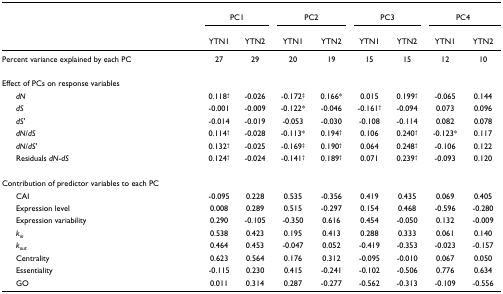
<table><thead><tr><td></td><td colspan="2"><b>PC1</b></td><td colspan="2"><b>PC2</b></td><td colspan="2"><b>PC3</b></td><td colspan="2"><b>PC4</b></td></tr><tr><td></td><td><b>YTN1</b></td><td><b>YTN2</b></td><td><b>YTN1</b></td><td><b>YTN2</b></td><td><b>YTN1</b></td><td><b>YTN2</b></td><td><b>YTN1</b></td><td><b>YTN2</b></td></tr></thead><tbody><tr><td>Percent variance explained by each PC</td><td>27</td><td>29</td><td>20</td><td>19</td><td>15</td><td>15</td><td>12</td><td>10</td></tr><tr><td>Effect of PCs on response variables</td><td></td><td></td><td></td><td></td><td></td><td></td><td></td><td></td></tr><tr><td> <i>dN</i></td><td>0.118<sup>†</sup></td><td>-0.026</td><td>-0.172<sup>‡</sup></td><td>0.166*</td><td>0.015</td><td>0.199<sup>†</sup></td><td>-0.065</td><td>0.144</td></tr><tr><td> <i>dS</i></td><td>-0.001</td><td>-0.009</td><td>-0.122*</td><td>-0.046</td><td>-0.161<sup>†</sup></td><td>-0.094</td><td>0.073</td><td>0.096</td></tr><tr><td> <i>dS&#x27;</i></td><td>-0.014</td><td>-0.019</td><td>-0.053</td><td>-0.030</td><td>-0.108</td><td>-0.114</td><td>0.082</td><td>0.078</td></tr><tr><td> <i>dN</i>/<i>dS</i></td><td>0.114<sup>†</sup></td><td>-0.028</td><td>-0.113*</td><td>0.194<sup>†</sup></td><td>0.106</td><td>0.240<sup>†</sup></td><td>-0.123*</td><td>0.117</td></tr><tr><td> <i>dN</i>/<i>dS&#x27;</i></td><td>0.132<sup>†</sup></td><td>-0.025</td><td>-0.169<sup>‡</sup></td><td>0.190<sup>†</sup></td><td>0.064</td><td>0.248<sup>†</sup></td><td>-0.106</td><td>0.122</td></tr><tr><td> Residuals <i>dN</i>-<i>dS</i></td><td>0.124<sup>†</sup></td><td>-0.024</td><td>-0.141<sup>†</sup></td><td>0.189<sup>†</sup></td><td>0.071</td><td>0.239<sup>†</sup></td><td>-0.093</td><td>0.120</td></tr><tr><td>Contribution of predictor variables to each PC</td><td></td><td></td><td></td><td></td><td></td><td></td><td></td><td></td></tr><tr><td> CAI</td><td>-0.095</td><td>0.228</td><td>0.535</td><td>-0.356</td><td>0.419</td><td>0.435</td><td>0.069</td><td>0.405</td></tr><tr><td> Expression level</td><td>0.008</td><td>0.289</td><td>0.515</td><td>-0.297</td><td>0.154</td><td>0.468</td><td>-0.596</td><td>-0.280</td></tr><tr><td> Expression variability</td><td>0.290</td><td>-0.105</td><td>-0.350</td><td>0.616</td><td>0.454</td><td>-0.050</td><td>0.132</td><td>-0.009</td></tr><tr><td> <i>k</i><sub><i>in</i></sub></td><td>0.538</td><td>0.423</td><td>0.195</td><td>0.413</td><td>0.288</td><td>0.333</td><td>0.061</td><td>0.140</td></tr><tr><td> <i>k</i><sub><i>out</i></sub></td><td>0.464</td><td>0.453</td><td>-0.047</td><td>0.052</td><td>-0.419</td><td>-0.353</td><td>-0.023</td><td>-0.157</td></tr><tr><td> Centrality</td><td>0.623</td><td>0.564</td><td>0.176</td><td>0.312</td><td>-0.095</td><td>-0.010</td><td>0.067</td><td>0.050</td></tr><tr><td> Essentiality</td><td>-0.115</td><td>0.230</td><td>0.415</td><td>-0.241</td><td>-0.102</td><td>-0.506</td><td>0.776</td><td>0.634</td></tr><tr><td> GO</td><td>0.011</td><td>0.314</td><td>0.287</td><td>-0.277</td><td>-0.562</td><td>-0.313</td><td>-0.109</td><td>-0.556</td></tr></tbody></table>